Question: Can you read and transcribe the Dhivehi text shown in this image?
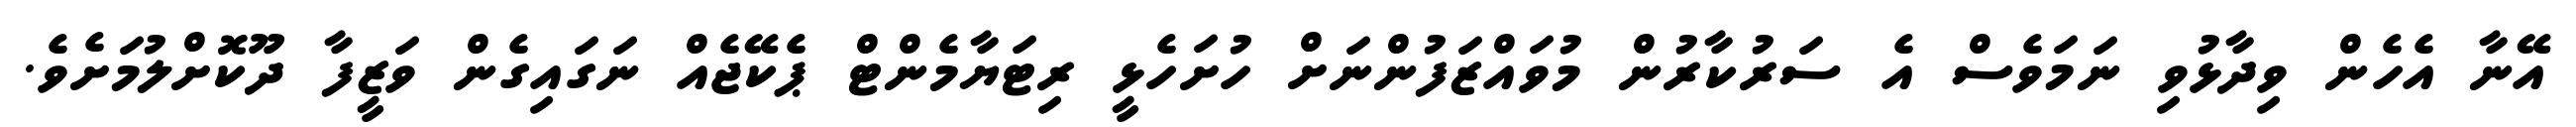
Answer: އޭނާ އެހެން ވިދާޅުވި ނަމަވެސް އެ ސަރުކާރުން މުވައްޒަފުންނަށް ހުށަހެޅީ ރިޓަޔާމެންޓް ޕެކޭޖެއް ނަގައިގެން ވަޒީފާ ދޫކޮށްލުމަށެވެ.